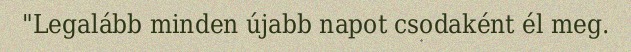
"Legalább minden újabb napot csodaként él meg.